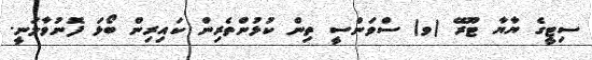
ސިޓީގެ ޔާޔާ ޓޫރޭ (ވ) ސްވަންސީ ތިން ކުޅުންތެރިން ކައިރިން ބޯޅަ ފޮނުވާލަނީ.